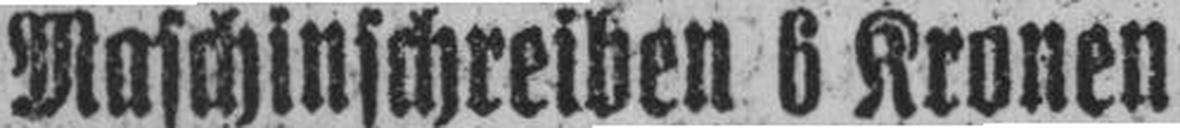
Maschinschreiben 6 Kronen